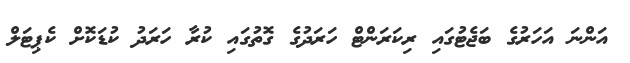
އަންނަ އަހަރުގެ ބަޖެޓުގައި ރިކަރަންޓް ހަރަދުގެ ގޮތުގައި ކުރާ ހަރަދު ކުޑަކޮށް ކެޕިޓަލް